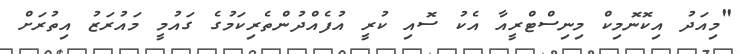
"މިއަދު އިކޮނޮމިކް މިނިސްޓްރީއާ އެކު ސޮއި ކުރީ އުފެއްދުންތެރިކަމުގެ ގައުމީ މައުރަޒު އިތުރަށް